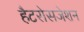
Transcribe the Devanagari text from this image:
हैटरोसजेशन